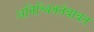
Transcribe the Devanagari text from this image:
अनिश्चिततेबाबत